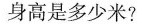
身高是多少米?